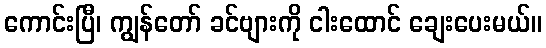
ကောင်းပြီ၊ ကျွန်တော် ခင်ဗျားကို ငါးထောင် ချေးပေးမယ်။